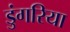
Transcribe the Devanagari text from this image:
डुंगरिया